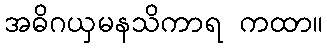
အဓိဂယှမနသိကာရ ကထာ။